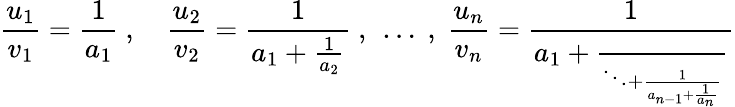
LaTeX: \frac{u_{1}}{v_{1}}=\frac{1}{a_{1}}\ ,\quad\frac{u_{2}}{v_{2}}=\frac{1}{a_{1}+\frac{1}{a_{2}}}\ ,\ \ldots\ ,\ \frac{u_{n}}{v_{n}}=\frac{1}{a_{1}+\frac{\phantom{1}}{\ddots+\frac{1}{a_{n-1}+\frac{1}{a_{n}}}}}